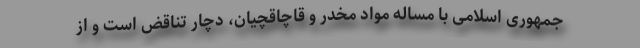
جمهوری اسلامی با مساله مواد مخدر و قاچاقچیان، دچار تناقض است و از